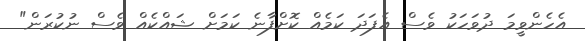
އެހެންވީމަ ދުވަހަކު ވެސް އެފަދަ ކަމެއް ކޮށްފާނެ ކަމަށް ޝައްކެއް ވެސް ނުކުރަން"